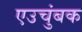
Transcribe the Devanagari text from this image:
एउचुंबक